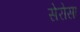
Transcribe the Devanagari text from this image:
सेरोसा